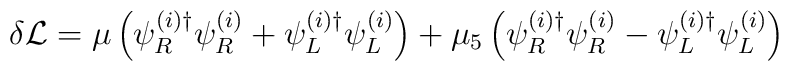
\delta {\cal L} = \mu \left( \psi_R^{(i)\dagger} \psi_R^{(i)} +\psi_L^{(i)\dagger} \psi_L^{(i)}\right)+ \mu_5  \left( \psi_R^{(i)\dagger} \psi_R^{(i)} - \psi_L^{(i)\dagger} \psi_L^{(i)}\right)